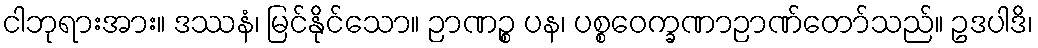
ငါဘုရားအား။ ဒဿနံ၊ မြင်နိုင်သော။ ဉာဏဉ္စ ပန၊ ပစ္စဝေက္ခဏာဉာဏ်တော်သည်။ ဥဒပါဒိ၊